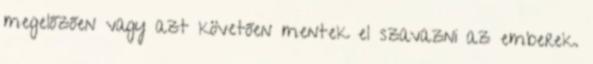
megelőzően vagy azt követően mentek el szavazni az emberek.